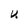
Character: U